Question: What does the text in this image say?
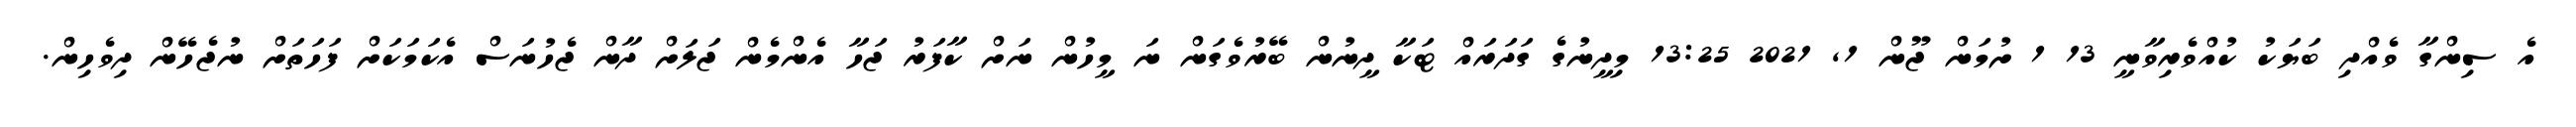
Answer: އެ ސިންގާ ވެއްދި ބަޔަކު ކުއްވެރިވާނީ 13 1 ށުމަން ޖޫން 1, 2021 13:25 މިދީނުގެ ގަދަރައް ޓަކާ ދީނުން ބޭރުވެގަން ނަ މީހުން ނަށް ކާފަރު ޖަހާ އެންމެން ޖަލަށް ދާން ޖެހުނަސް އެކަމަކަށް ފަހަތަށް ނުޖެހޭން ދިވެހިން.